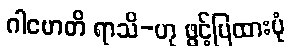
ဂါမောတိ ရာသိ-ဟု ဖွင့်ပြထားပုံ